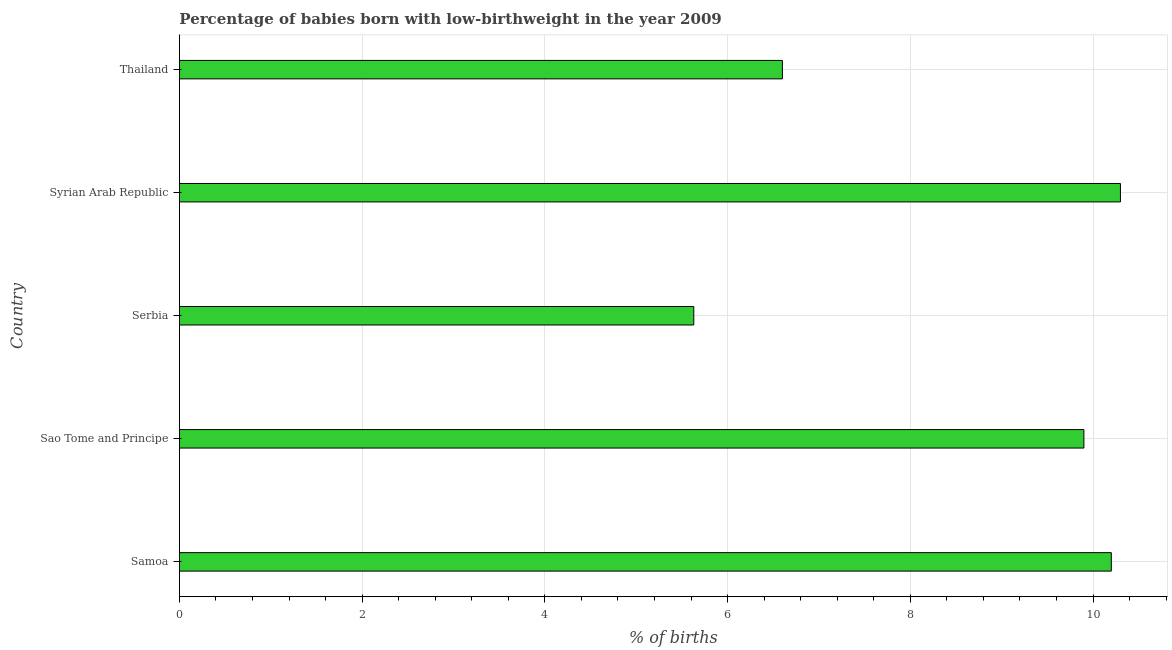
| Country | Low-birthweight babies |
 | --- | --- |
 | Samoa | 10.2 |
 | Sao Tome and Principe | 9.9 |
 | Serbia | 5.63 |
 | Syrian Arab Republic | 10.3 |
 | Thailand | 6.6 |